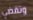
وتقضي